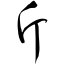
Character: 斤